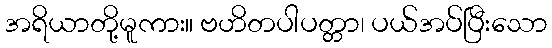
အရိယာတို့မူကား။ ဗဟိတပါပတ္တာ၊ ပယ်အပ်ပြီးသော